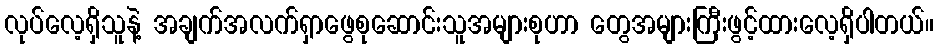
လုပ်လေ့ရှိသူနဲ့ အချက်အလက်ရှာဖွေစုဆောင်းသူအများစုဟာ တွေအများကြီးဖွင့်ထားလေ့ရှိပါတယ်။